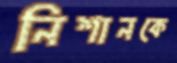
নিশানকে